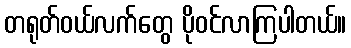
တရုတ်ဝယ်လက်တွေ ပိုဝင်လာကြပါတယ်။